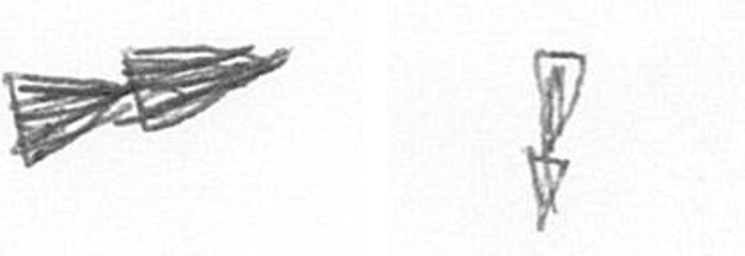
A Z